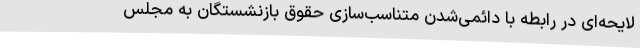
لایحه‌ای در رابطه با دائمی‌شدن متناسب‌سازی حقوق بازنشستگان به مجلس